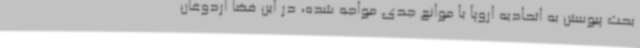
بحث پیوستن به اتحادیه اروپا با موانع جدی مواجه شده، در این فضا اردوغان